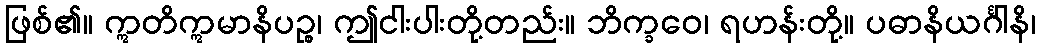
ဖြစ်၏။ ဣတိဣမာနိပဉ္စ၊ ဤငါးပါးတို့တည်း။ ဘိက္ခဝေ၊ ရဟန်းတို့။ ပဓာနိယင်္ဂါနိ၊